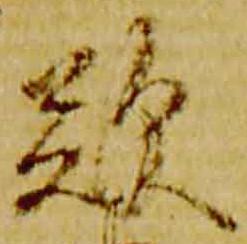
歎